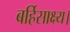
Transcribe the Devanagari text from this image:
बर्हिसाक्ष्य।